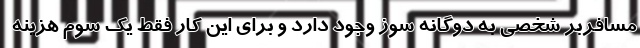
مسافربر شخصی به دوگانه سوز وجود دارد و برای این کار فقط یک سوم هزینه